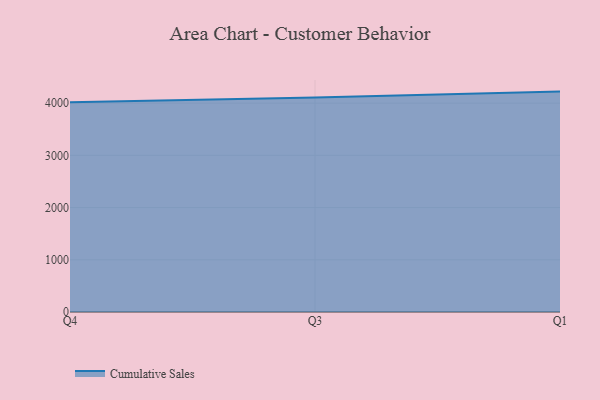
{"axis": {"x": "Quarter", "y": "Bounce Rate (%)"}, "legend": ["Cumulative Sales"], "data": [{"x": "Q4", "y": 4017.4, "type": "Cumulative Sales"}, {"x": "Q3", "y": 4109.8, "type": "Cumulative Sales"}, {"x": "Q1", "y": 4220.4, "type": "Cumulative Sales"}]}